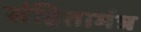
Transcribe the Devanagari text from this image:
संहितामंत्र